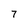
Character: 7